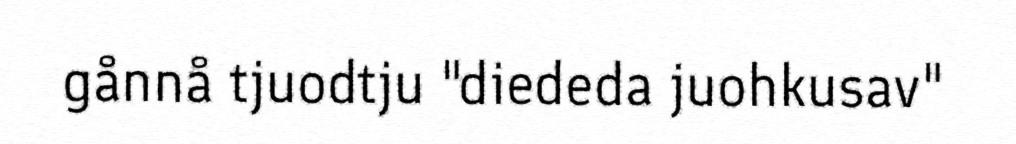
gånnå tjuodtju "diededa juohkusav"